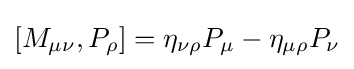
[M_{\mu \nu },P_{\rho }]=\eta _{\nu \rho }P_{\mu }-\eta _{\mu \rho }P_{\nu }